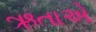
ઋતાએ